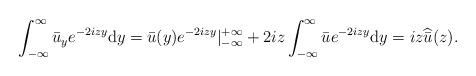
LaTeX: \begin{align*}\begin{aligned}& \int_{-\infty}^{\infty} \bar{u}_y e^{-2izy} \mathrm{d}y = \bar{u}(y) e^{-2izy}|_{-\infty}^{+\infty}+2iz \int_{-\infty}^{\infty} \bar{u}e^{-2izy}\mathrm{d}y= i z \widehat{\bar{u} } ( z).\end{aligned}\end{align*}